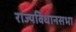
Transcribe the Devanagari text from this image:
राज्यविधानसभा